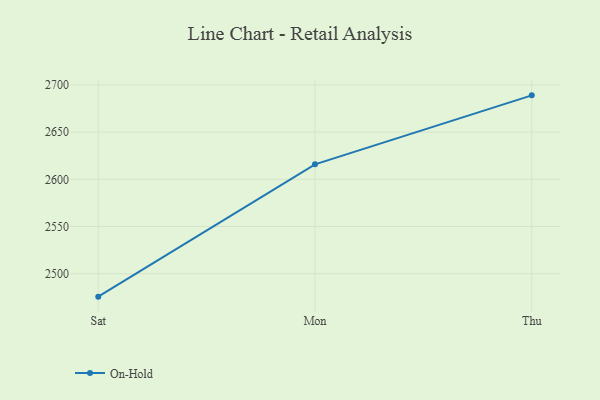
{"axis": {"x": "Day", "y": "Revenue (USD Million)"}, "legend": ["On-Hold"], "data": [{"x": "Sat", "y": 2475.7, "type": "On-Hold"}, {"x": "Mon", "y": 2615.9, "type": "On-Hold"}, {"x": "Thu", "y": 2689.0, "type": "On-Hold"}]}